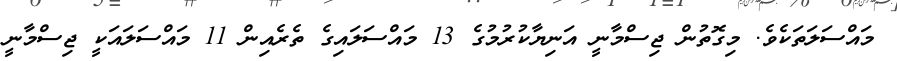
މައްސަލަތަކެވެ. މިގޮތުން ޖިސްމާނީ އަނިޔާކުރުމުގެ 13 މައްސަލައިގެ ތެރެއިން 11 މައްސަލައަކީ ޖިސްމާނީ